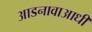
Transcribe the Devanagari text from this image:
आडनावाआधी